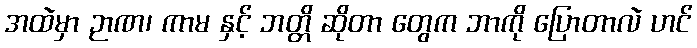
အထဲမှာ ဉာဏ၊ ကာမ နှင့် ဘတ္တိ ဆိုတာ တွေက ဘာကို ပြောတာလဲ ဟင်